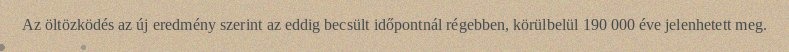
Az öltözködés az új eredmény szerint az eddig becsült időpontnál régebben, körülbelül 190 000 éve jelenhetett meg.